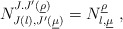
\begin{align*}N_{J(\l),J'(\underline{\mu})}^{J.J'(\underline{\rho})} = N_{\l,\underline{\mu}}^{\underline{\rho}} \ ,\end{align*}